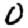
Digit: 0